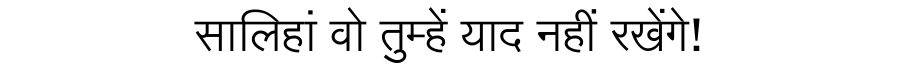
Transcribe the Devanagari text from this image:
सालिहां वो तुम्हें याद नहीं रखेंगे!